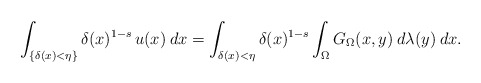
\begin{align*}\int_{\{\delta(x)<\eta\}}\delta(x)^{1-s}\, u(x)\:dx=\int_{\delta(x)<\eta}\delta(x)^{1-s}\int_\Omega G_\Omega(x,y)\:d\lambda(y)\:dx.\end{align*}